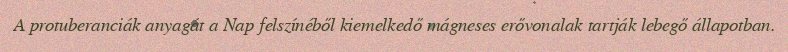
A protuberanciák anyagát a Nap felszínéből kiemelkedő mágneses erővonalak tartják lebegő állapotban.